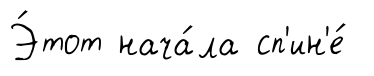
Э́тот нача́ла сп'ин'е́